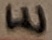
Text: E